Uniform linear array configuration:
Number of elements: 8
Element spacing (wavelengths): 0.5
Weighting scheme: uniform
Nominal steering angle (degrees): -45
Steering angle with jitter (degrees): -45.435
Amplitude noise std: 0.05
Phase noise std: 0.05

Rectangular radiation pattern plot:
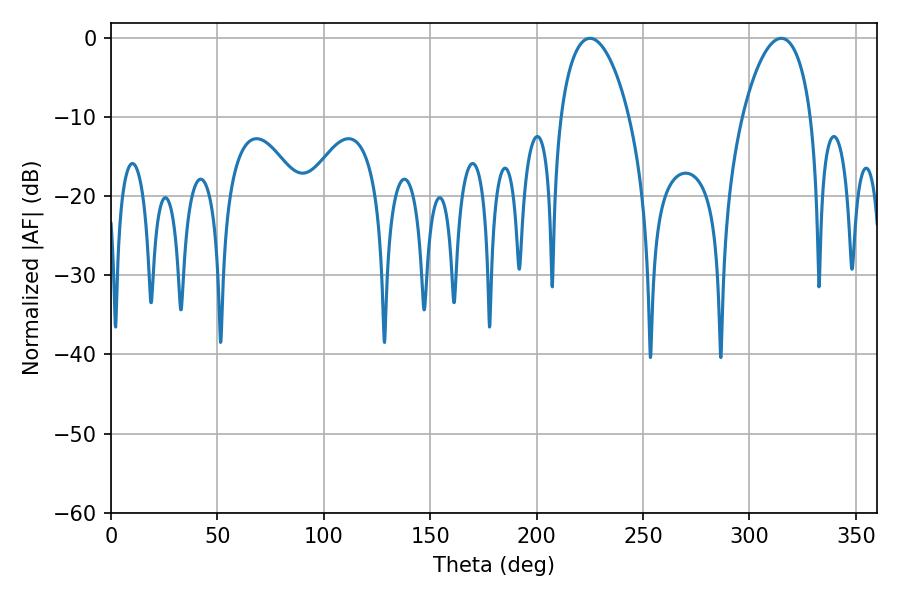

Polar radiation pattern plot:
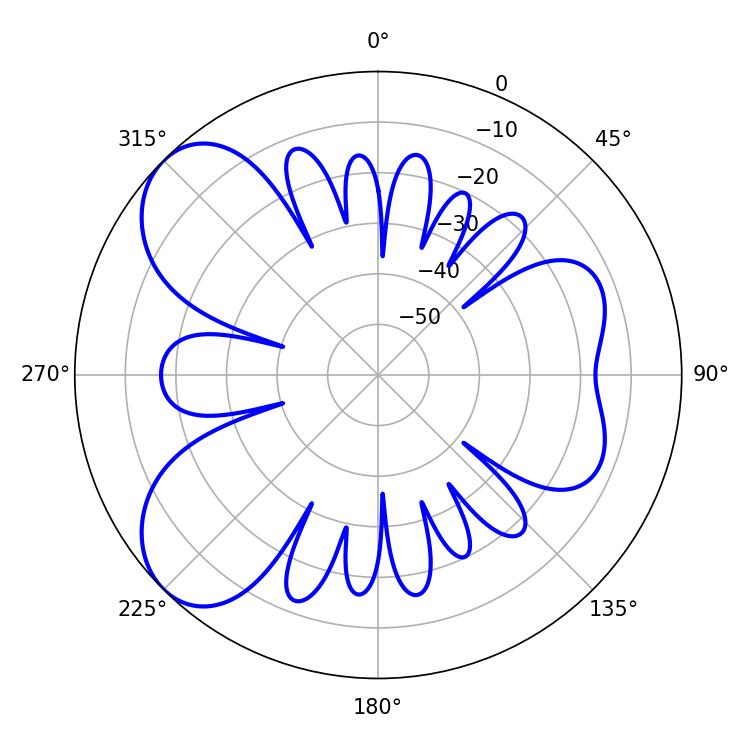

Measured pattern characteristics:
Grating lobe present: FALSE
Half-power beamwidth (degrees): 18.18
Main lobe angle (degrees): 225